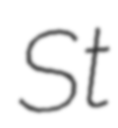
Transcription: St